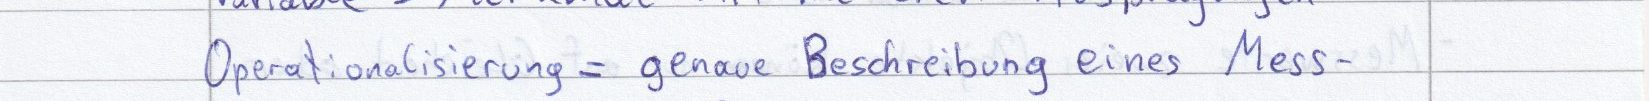
Operationalisierung = genaue Beschreibung eines Mess-